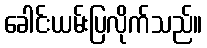
ခေါင်းယမ်းပြလိုက်သည်။